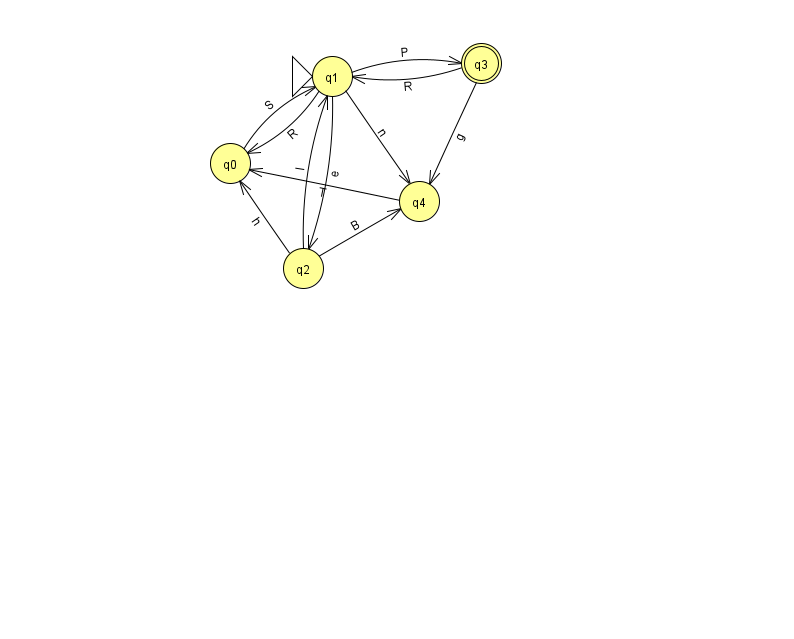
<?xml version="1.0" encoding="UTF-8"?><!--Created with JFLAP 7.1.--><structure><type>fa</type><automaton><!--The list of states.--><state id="0" name="q0"><x>230.0</x><y>150.0</y></state><state id="1" name="q1"><x>332.0</x><y>63.0</y><initial/></state><state id="2" name="q2"><x>303.0</x><y>255.0</y></state><state id="3" name="q3"><x>481.0</x><y>50.0</y><final/></state><state id="4" name="q4"><x>419.0</x><y>188.0</y></state><!--The list of transitions.--><transition><from>1</from><to>0</to><read>R</read></transition><transition><from>0</from><to>1</to><read>S</read></transition><transition><from>1</from><to>3</to><read>P</read></transition><transition><from>3</from><to>1</to><read>R</read></transition><transition><from>1</from><to>4</to><read>n</read></transition><transition><from>1</from><to>2</to><read>e</read></transition><transition><from>2</from><to>0</to><read>h</read></transition><transition><from>2</from><to>4</to><read>B</read></transition><transition><from>2</from><to>1</to><read>l</read></transition><transition><from>3</from><to>4</to><read>g</read></transition><transition><from>4</from><to>0</to><read>T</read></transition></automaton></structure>